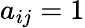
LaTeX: a_{ij}=1